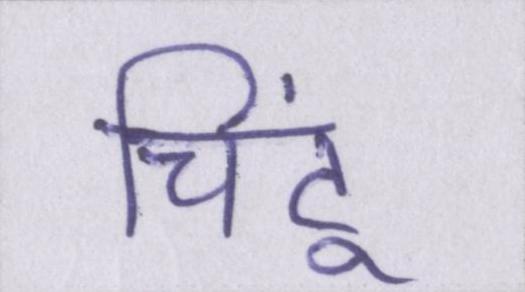
चिंटू